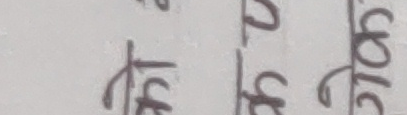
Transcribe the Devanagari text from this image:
पि पु प्र